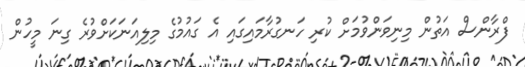
ފްރާންސް އަތުން މިނިވަންވުމަށް ކުރި ހަނގުރާމައިގައި އެ ގައުމުގެ މިލިއަނަކަށްވުރެ ގިނަ މީހުން